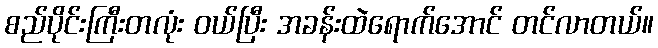
စည်ပိုင်းကြီးတလုံး ဝယ်ပြီး အခန်းထဲရောက်အောင် တင်လာတယ်။